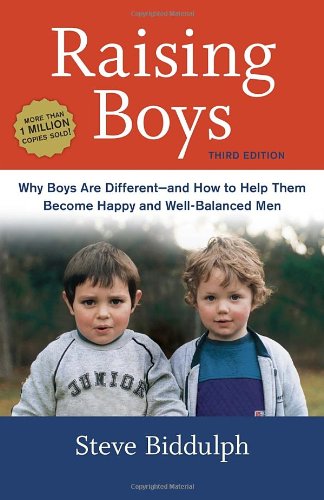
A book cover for Raising Boys, Third Edition: Why Boys Are Different--and How to Help Them Become Happy and Well-Balanced Men; Steve Biddulph; Parenting & Relationships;